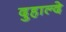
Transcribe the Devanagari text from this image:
दुहाल्दे